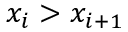
x _ { i } > x _ { i + 1 }